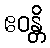
ဧဝန္တိ